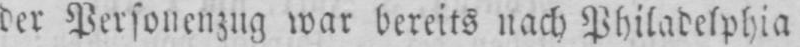
der Personenzug war bereits nach Philadelphia